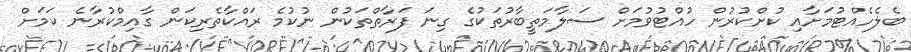
ބެލެހެއްޓުމަށާއި ކުށްކުރުން ހުއްޓުވުމަށް ސަލާމަތީބާރުތަކުގެ ގިނަ ފަރާތްތަކުން ނުކުމެ ރައްކާތެރިކަން ގާއިމްކުރާނެ ކަމަށް